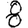
Digit: 8